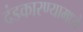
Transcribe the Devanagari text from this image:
दंडकारण्यामध्ये